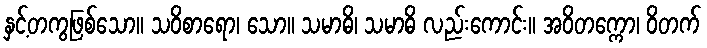
နှင့်တကွဖြစ်သော။ သဝိစာရော၊ သော။ သမာဓိ၊ သမာဓိ လည်းကောင်း။ အဝိတက္ကော၊ ဝိတက်